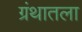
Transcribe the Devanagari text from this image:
ग्रंथातला